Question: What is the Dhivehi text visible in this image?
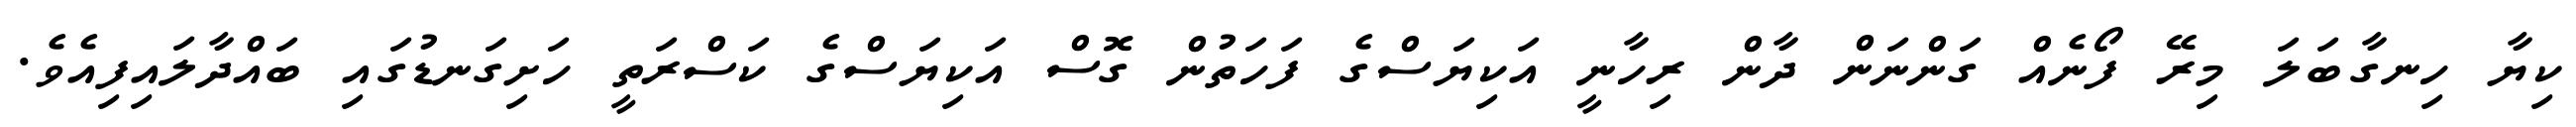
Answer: ކިޔާ ހިނގާބަލަ މިރޭ ފޯނެއް ގަންނަން ދާން ރިހާނީ އަކިޔަސްގެ ފަހަތުން ގޮސް އަކިޔަސްގެ ކަސްރަތީ ހަށިގަނޑުގައި ބައްދާލައިފިއެވެ.